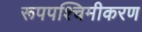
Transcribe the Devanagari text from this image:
रूपपश्चिमीकरण